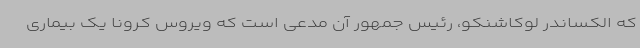
که الکساندر لوکاشنکو، رئیس جمهور آن مدعی است که ویروس کرونا یک بیماری